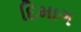
દિમાગ